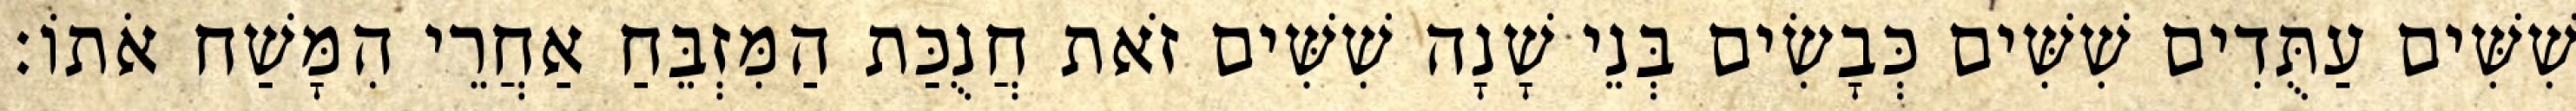
שִׁשִּׁים עַתֻּדִים שִׁשִּׁים כְּבָשִׂים בְּנֵי שָׁנָה שִׁשִּׁים זֹאת חֲנֻכַּת הַמִּזְבֵּחַ אַחֲרֵי הִמָּשַׁח אֹתוֹ׃